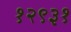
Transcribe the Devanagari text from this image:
१२९३१